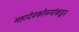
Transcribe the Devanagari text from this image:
महादेवकोळ्यांकडून